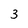
Character: 3